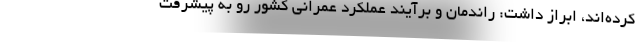
کرده‌اند، ابراز داشت: راندمان و برآیند عملکرد عمرانی کشور رو به پیشرفت